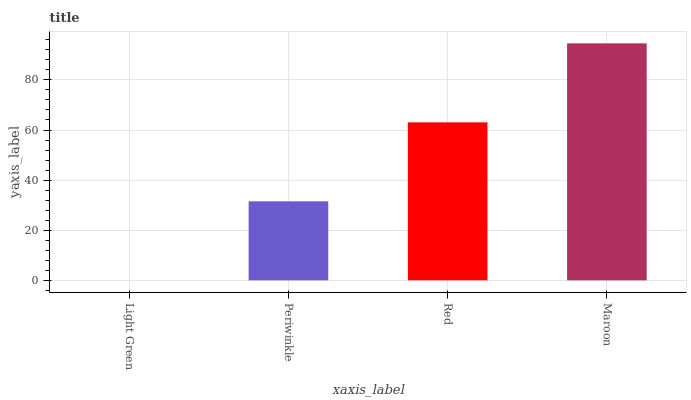
| xaxis_label | bars |
 | --- | --- |
 | Light Green | 0 |
 | Periwinkle | 31.5 |
 | Red | 63.1 |
 | Maroon | 94.6 |